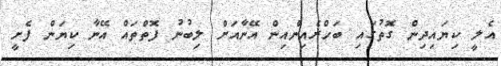
އެލީ ކިޔައިދިން ގޮތުގައި ބަހްރެއިންއިން އޭނާއަށް ލިބުނު ފޮތްތައް އޭނާ ކިޔަން ފެށީ